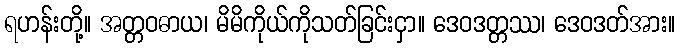
ရဟန်းတို့။ အတ္တဝဓာယ၊ မိမိကိုယ်ကိုသတ်ခြင်းငှာ။ ဒေဝဒတ္တဿ၊ ဒေဝဒတ်အား။